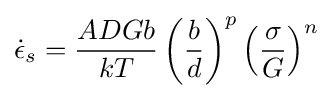
{\dot {\epsilon }}_{s}={\frac {ADGb}{kT}}\left({\frac {b}{d}}\right)^{p}\left({\frac {\sigma }{G}}\right)^{n}